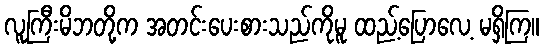
လူကြီးမိဘတို့က အတင်းပေးစားသည်ကိုမူ ထည့်ပြောလေ့ မရှိကြ။